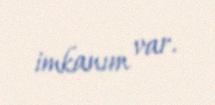
imkanım var.